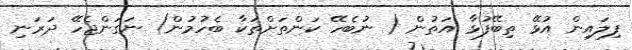
ފިލައިން އުޅޭ ތިބޭފުޅާ އަތުން ( ނުބެހޭ ކަންތަށްތަކާ ބެހުމުން) ނަގަންޖެހޭ ދަރަނި